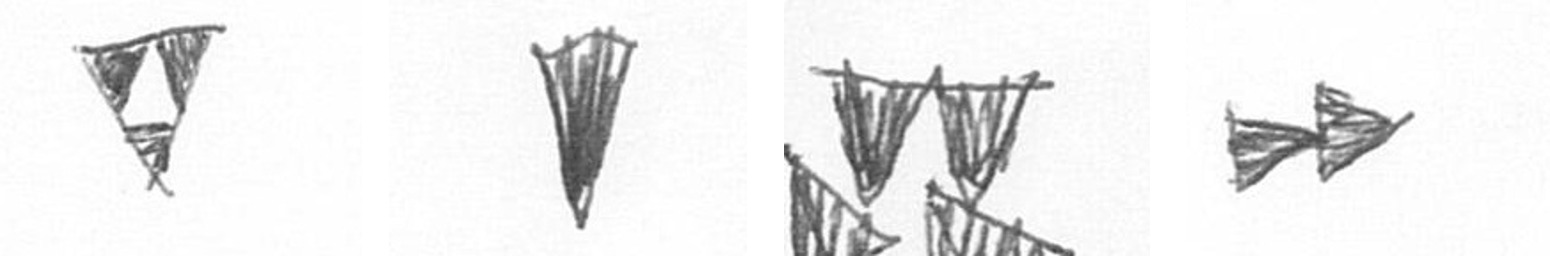
S J B A